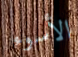
الأسوء